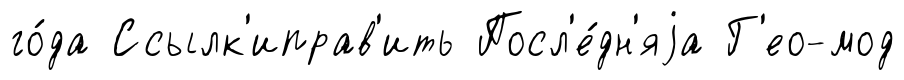
го́да Ссылк'иправ'ить Посл'е́дн'яjа Г'ео-мод